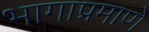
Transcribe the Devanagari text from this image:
भागाप्रमाणे